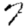
Digit: 7